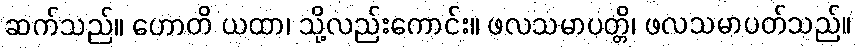
ဆက်သည်။ ဟောတိ ယထာ၊ သို့လည်းကောင်း။ ဖလသမာပတ္တိ၊ ဖလသမာပတ်သည်။